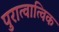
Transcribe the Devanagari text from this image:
पुरात्वात्विक